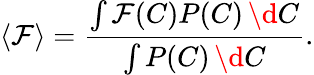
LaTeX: \langle\mathcal{F}\rangle=\frac{\int\mathcal{F}(C)P(C)\, \d C}{\int P(C)\, \d C}.